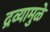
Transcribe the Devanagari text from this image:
द्रव्यामुळे